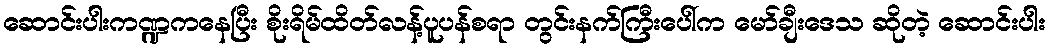
ဆောင်းပါးကဏ္ဍကနေပြီး စိုးရိမ်ထိတ်လန့်ပူပန်စရာ တွင်းနက်ကြီးပေါ်က မော်ချီးဒေသ ဆိုတဲ့ ဆောင်းပါး